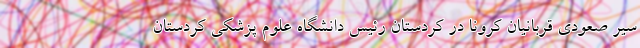
سیر صعودی قربانیان کرونا در کردستان رئیس دانشگاه علوم پزشکی کردستان